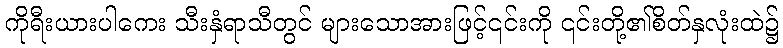
ကိုရီးယားပါကေး သီးနှံရာသီတွင် များသောအားဖြင့်၎င်းကို ၎င်းတို့၏စိတ်နှလုံးထဲ၌